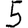
Digit: 5